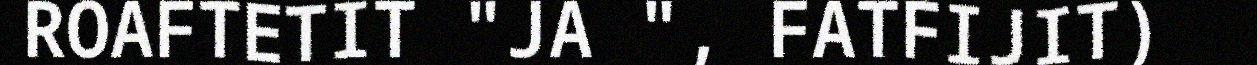
ROAFTETIT "JA ", FATFIJIT)